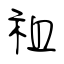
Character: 祖